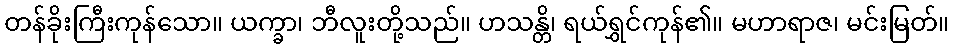
တန်ခိုးကြီးကုန်သော။ ယက္ခာ၊ ဘီလူးတို့သည်။ ဟသန္တိ၊ ရယ်ရွှင်ကုန်၏။ မဟာရာဇ၊ မင်းမြတ်။